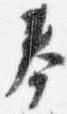
奉